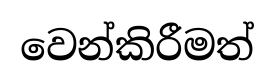
වෙන්කිරීමත්